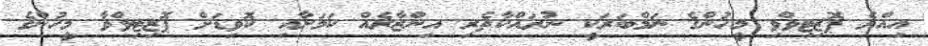
އިއްޔެ ޕޮޒިޓިވްވި މީހުންގެ ނަމްބަރަކީ ނުރައްކާތެރި އިންޒާރެއް ކަމަށާއި ކޮވިޑަށް ޕޮޒިޓިވްވާ މީހުންގެ